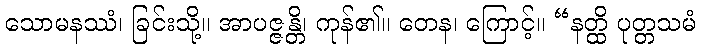
သောမနဿံ၊ ခြင်းသို့။ အာပဇ္ဇန္တိ၊ ကုန်၏။ တေန၊ ကြောင့်။ “နတ္ထိ ပုတ္တသမံ